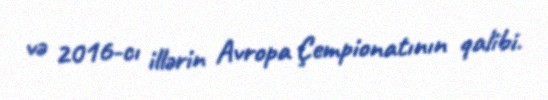
və 2016-cı illərin Avropa Çempionatının qalibi.